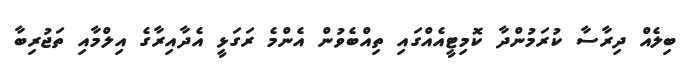
ބިލެއް ދިރާސާ ކުރަމުންދާ ކޮމިޓީއެއްގައި ތިއްބެވުން އެންމެ ރަގަޅީ އެދާއިރާގެ އިލްމާއި ތަޖުރިބާ